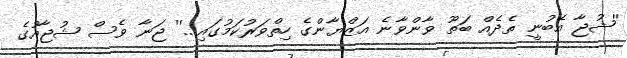
''ޝުޖާ އެބުނީ ތެދެއް ބަތޫ ވާންވާނެ އަޒްޔާންގެ ހިތްވަރުކަމުގައި...'' ޖަނާ ވެސް ޝުޖާއުގެ